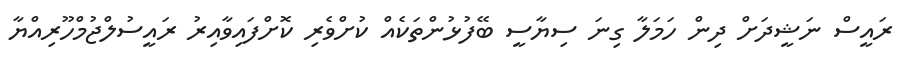
ރައީސް ނަޝީދަށް ދިން ހަމަލާ ގިނަ ސިޔާސީ ބޭފުޅުންތަކެއް ކުށްވެރި ކޮށްފައިވާއިރު ރައީސުލްޖުމްހޫރިއްޔާ